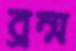
ব্রম্ম